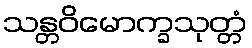
သန္တဝိမောက္ခသုတ္တံ